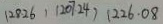
1 2 8 . 2 6 , 1 2 0 7 . 2 4 , 1 2 2 6 . 0 8